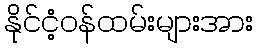
နိုင်ငံ့ဝန်ထမ်းများအား